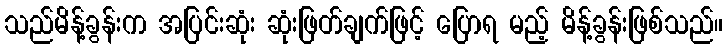
သည်မိန့်ခွန်းက အပြင်းဆုံး ဆုံးဖြတ်ချက်ဖြင့် ပြောရ မည့် မိန့်ခွန်းဖြစ်သည်။